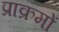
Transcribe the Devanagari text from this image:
प्राक्रमों